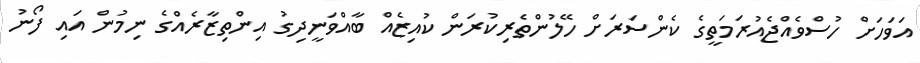
އަވަހަށް ހުސްވެއްޖެއުރަމަތީގެ ކެންސަރަށް ހޭލުންތެރިކުރަން ކުއިޒެއް ބާއްވަނީދިގު އިންތިޒާރެއްގެ ނިމުން އައި ފޯނު